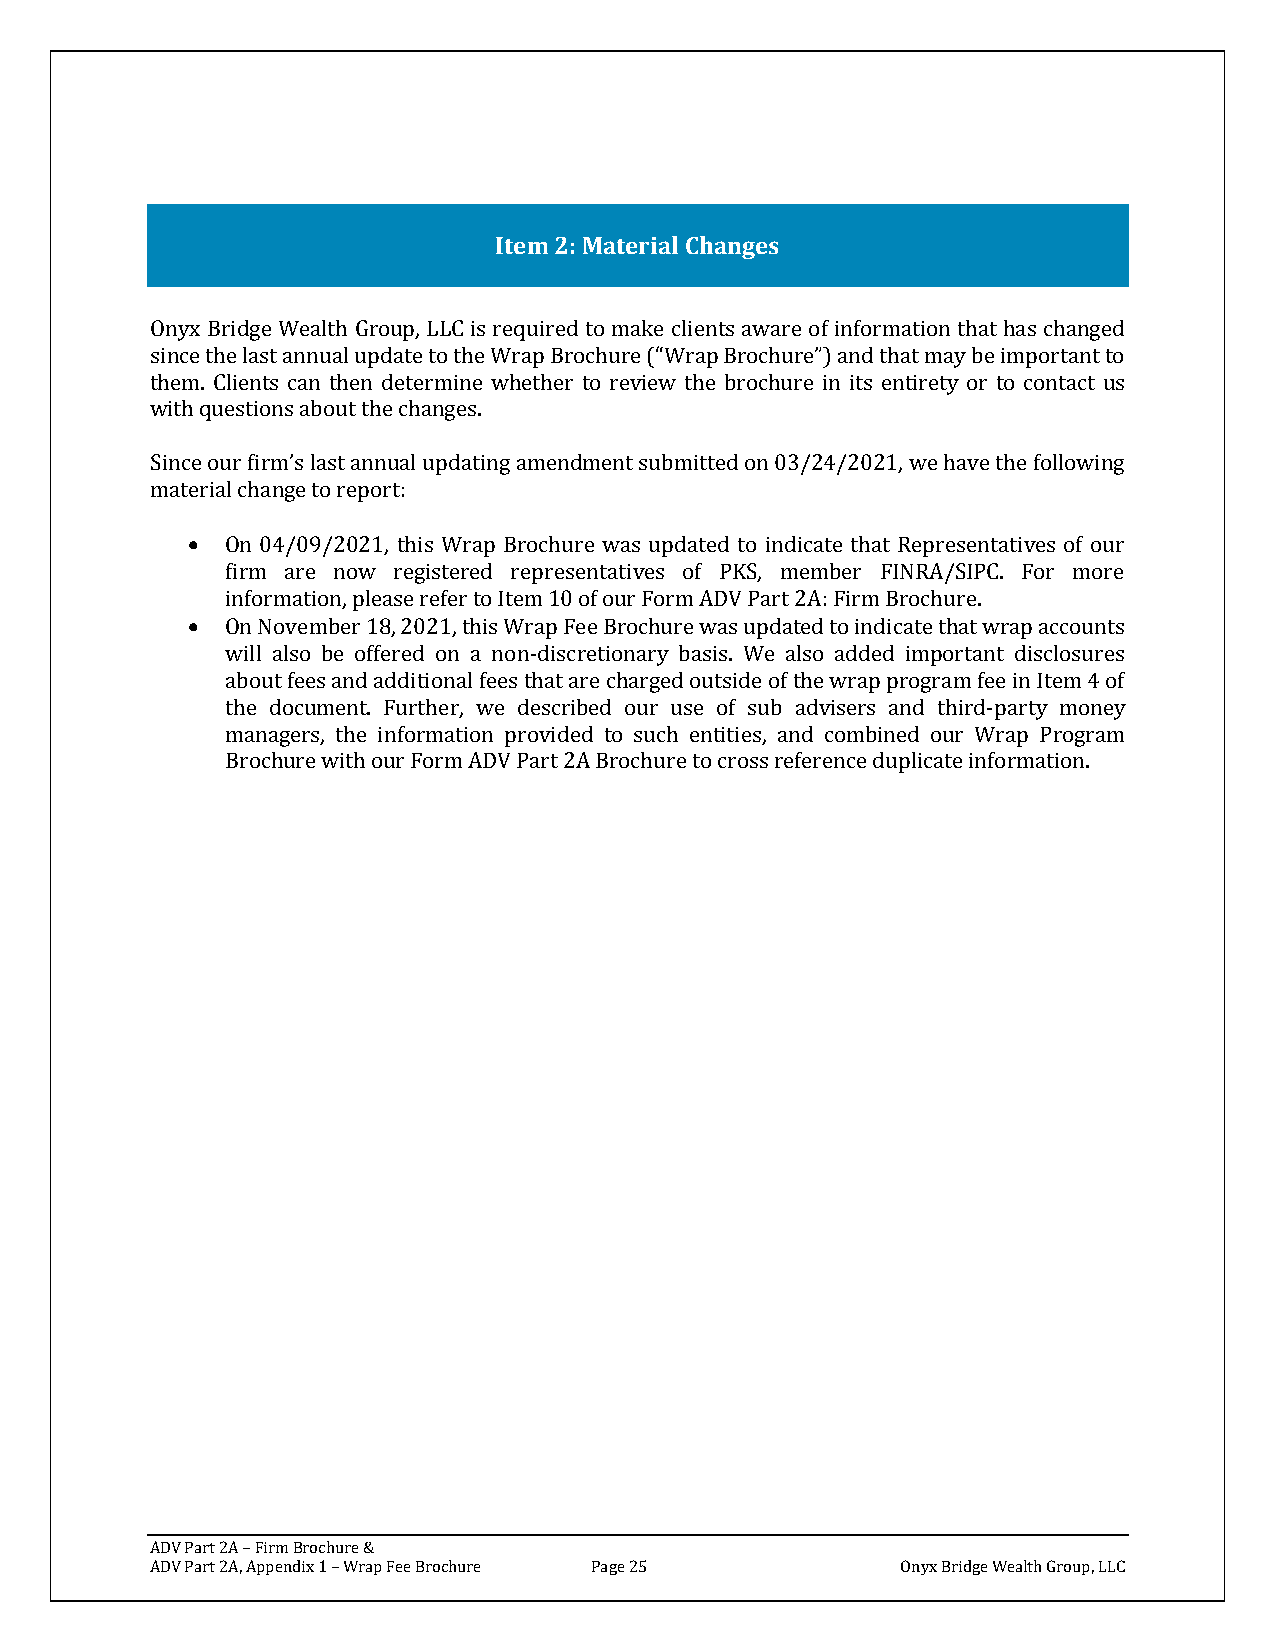
Item 2: Material Changes
 Onyx Bridge Wealth Group, LLC is required to make clients aware of information that has changed
 since the last annual update to the Wrap Brochure (“Wrap Brochure”) and that may be important to
 them. Clients can then determine whether to review the brochure in its entirety or to contact us
 with questions about the changes.
 Since our firm’s last annual updating amendment submitted on 03/24/2021, we have the following
 material change to report:
 •  On 04/09/2021, this Wrap Brochure was updated to indicate that Representatives of our
 firm are now registered representatives of PKS, member FINRA/SIPC. For more
 information, please refer to Item 10 of our Form ADV Part 2A: Firm Brochure.
 •  On November 18, 2021, this Wrap Fee Brochure was updated to indicate that wrap accounts
 will also be offered on a non-discretionary basis. We also added important disclosures
 about fees and additional fees that are charged outside of the wrap program fee in Item 4 of
 the document. Further, we described our use of sub advisers and third-party money
 managers, the information provided to such entities, and combined our Wrap Program
 Brochure with our Form ADV Part 2A Brochure to cross reference duplicate information.
 ADV Part 2A – Firm Brochure &
 ADV Part 2A, Appendix 1 – Wrap Fee Brochure Page 25 Onyx Bridge Wealth Group, LLC